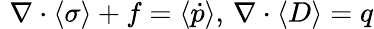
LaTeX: \, \, \nabla\cdot\langle\sigma\rangle+f=\langle\dot{p}\rangle,\, \nabla\cdot\langle D\rangle=q